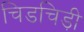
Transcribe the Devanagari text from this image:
चिडचिड़ी